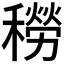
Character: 𥢒